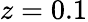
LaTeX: z=0.1